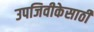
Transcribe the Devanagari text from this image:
उपजिवीकेसाठी